Insane asylums in Bengal annual reports 1867-1875 - 1867-1875
Year: 1867
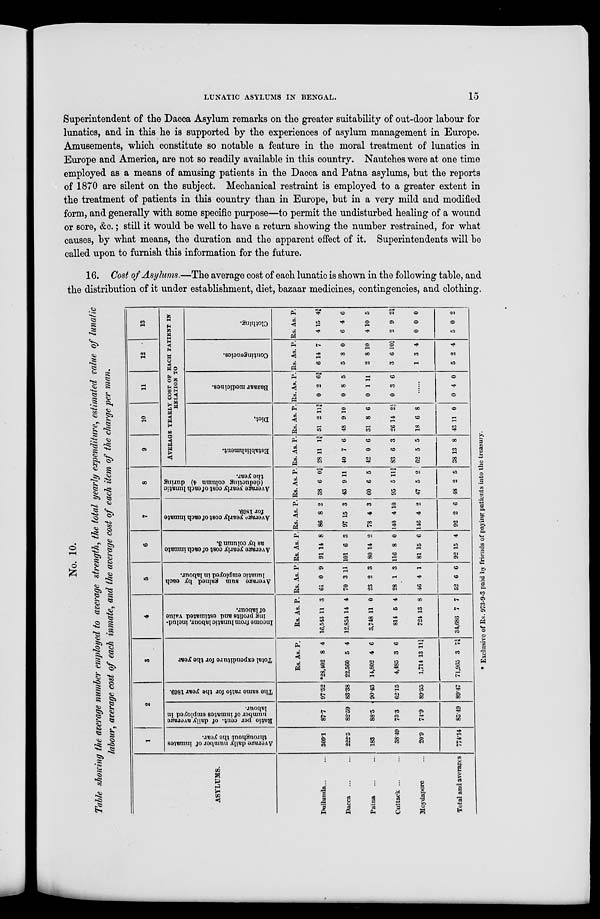
LUNATIC ASYLUMS IN BENGAL.
15
Superintendent of the Dacca Asylum remarks on the greater suitability of out-door labour for
lunatics, and in this he is supported by the experiences of asylum management in Europe.
Amusements, which constitute so notable a feature in the moral treatment of lunatics in
Europe and America, are not so readily available in this country. Nautches were at one time
employed as a means of amusing patients in the Dacca and Patna asylums, but the reports
of 1870 are silent on the subject. Mechanical restraint is employed to a greater extent in
the treatment of patients in this country than in Europe, but in a very mild and modified
form, and generally with some specific purpose—to permit the undisturbed healing of a wound
or sore, &c.; still it would be well to have a return showing the number restrained, for what
causes, by what means, the duration and the apparent effect of it. Superintendents will be
called upon to furnish this information for the future.
16. Cost of Asylums.—The average cost of each lunatic is shown in the following table, and
the distribution of it under establishment, diet, bazaar medicines, contingencies, and clothing.
No. 10.
Table showing the average number employed to average strength, the total yearly expenditure, estimated value of lunatic
labour, average cost of each inmate, and the average cost of each item of the charge per man.
ASYLUMS.
Dullunda ... ...
Dacca ... ...
Patna ... ...
Cuttack ... ...
Moydapore ...
Total and averages
1
Average daily number of inmates
throughout the year.
309.1
222.5
183
38.49
20.9
774.14
2
Ratio per cent. of daily average
number of inmates employed in
labour.
87.7
82.59
88.5
75.3
74.9
85.49
The same ratio for the year 1869.
97.52
83.38
90.43
62.15
89.55
89.47
3
Total expenditure for the year
Rs.
*28,402
22,560
14,802
4,485
1,714
71,965
As.
8
5
4
3
13
3
P.
4
4
6
6
11¼
7¼
4
Income from lunatic labour, includ-
ing profits and estimated value
of labour.
Rs.
16,543
12,854
3,748
814
724
34,686
As.
11
14
11
5
13
7
P.
3
4
0
4
8
7
5
Average sum gained by each
lunatic employed in labour.
Rs.
61
70
23
28
46
52
As.
0
3
2
1
4
6
P.
9
11
3
3
1
6
6
Average yearly cost of each inmate
as by column 3.
Rs.
91
101
80
116
81
92
As.
14
6
14
8
15
15
P.
8
3
2
0
6
4
7
Average yearly cost of each inmate
for 1869.
Rs.
86
97
78
140
146
92
As.
8
15
4
4
4
2
P.
2
3
3
10
2
6
8
Average yearly cost of each lunatic
(deducting column 4) during
the year.
Rs.
38
43
60
95
47
48
As.
6
9
6
5
5
2
P.
0¾
11
5
11¾
2
5
9
10
11
12
13
AVERAGE YEARLY COST OF EACH PATIENT IN
RELATION TO
Establishment.
Rs.
28
40
42
83
62
38
As.
11
7
0
6
5
13
P.
1¾
6
6
3
5
8
Diet.
Rs.
51
48
31
26
18
43
As.
2
9
8
14
6
11
P.
11¾
10
6
2½
8
0
Bazaar medicines.
Rs.
0
0
0
0
As.
2
8
1
3
P.
6¾
5
11
6
......
0 4 0
Contingencies.
Rs.
6
5
2
3
1
5
As.
14
8
8
6
3
2
P.
7
0
10
10¼
4
4
Clothing.
Rs.
4
6
4
2
0
5
As.
15
4
10
9
0
0
P.
4¾
6
5
2¼
0
2
* Exclusive of Rs. 973-9-3 paid by friends of paying patients into the treasury.